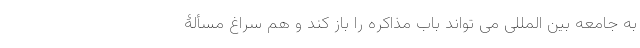
به جامعه بین المللی می تواند باب مذاکره را باز کند و هم سراغ مسألۀ